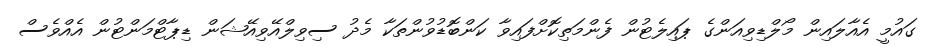
ގައުމީ އެއާލައިން މޯލްޑިވިއަންގެ ޕައިލެޓުން ފެންމަތިކޮށްފައިވާ ކަންބޮޑުވުންތަކާ މެދު ސިވިލްއޭވިއޭޝަން ޑިޕާޓްމަންޓުން އެއްވެސް